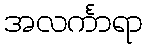
အလင်္ကာရာ